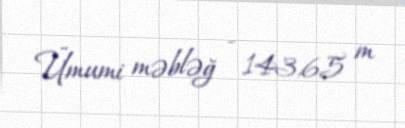
Ümumi məbləğ - 143,65 m